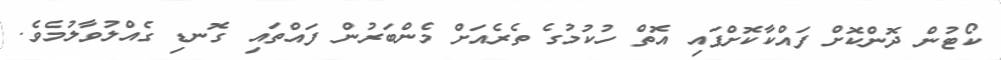
ކޯޓުން ދޮންކޮށް ފައްކާކޮށްފައި އޮތް ހުކުމުގެ ތެރެއަށް މެންބަރުން ފައްތައި ގޮނޑި ގެއްލުވާލުމެވެ.